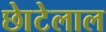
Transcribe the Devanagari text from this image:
छाेटेलाल